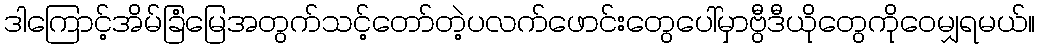
ဒါကြောင့်အိမ်ခြံမြေအတွက်သင့်တော်တဲ့ပလက်ဖောင်းတွေပေါ်မှာဗွီဒီယိုတွေကိုဝေမျှရမယ်။